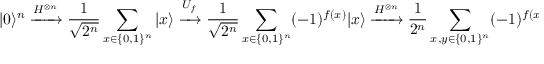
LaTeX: | 0 \rangle ^ { n } \xrightarrow { H ^ { \otimes n } } { \frac { 1 } { \sqrt { 2 ^ { n } } } } \sum _ { x \in \{ 0 , 1 \} ^ { n } } | x \rangle \xrightarrow { U _ { f } } { \frac { 1 } { \sqrt { 2 ^ { n } } } } \sum _ { x \in \{ 0 , 1 \} ^ { n } } ( - 1 ) ^ { f ( x ) } | x \rangle \xrightarrow { H ^ { \otimes n } } { \frac { 1 } { 2 ^ { n } } } \sum _ { x , y \in \{ 0 , 1 \} ^ { n } } ( - 1 ) ^ { f ( x ) + x \cdot y } | y \rangle = | s \rangle